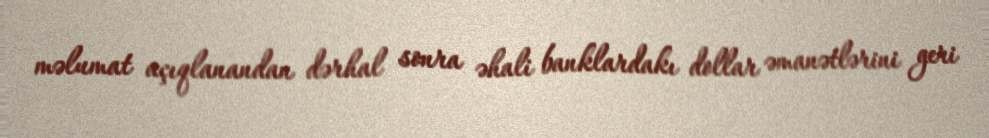
məlumat açıqlanandan dərhal sonra əhali banklardakı dollar əmanətlərini geri